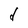
Character: d